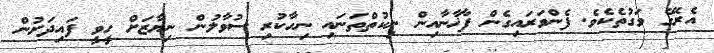
އެރޭގެ ވަގުތެކެވެ. ފެންވަރައިގެން ފާޚާނާއިން ނިކުތްތަނައި ނިހާކުރި ސުވާލުން ނިޔާޒަށް ހީވީ ފައިދަށުން